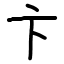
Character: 卞